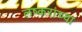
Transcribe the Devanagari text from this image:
लष्करांच्या